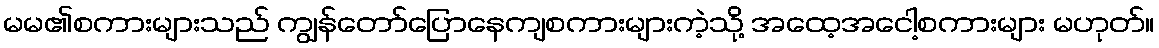
မမ၏စကားများသည် ကျွန်တော်ပြောနေကျစကားများကဲ့သို့ အထေ့အငေါ့စကားများ မဟုတ်။